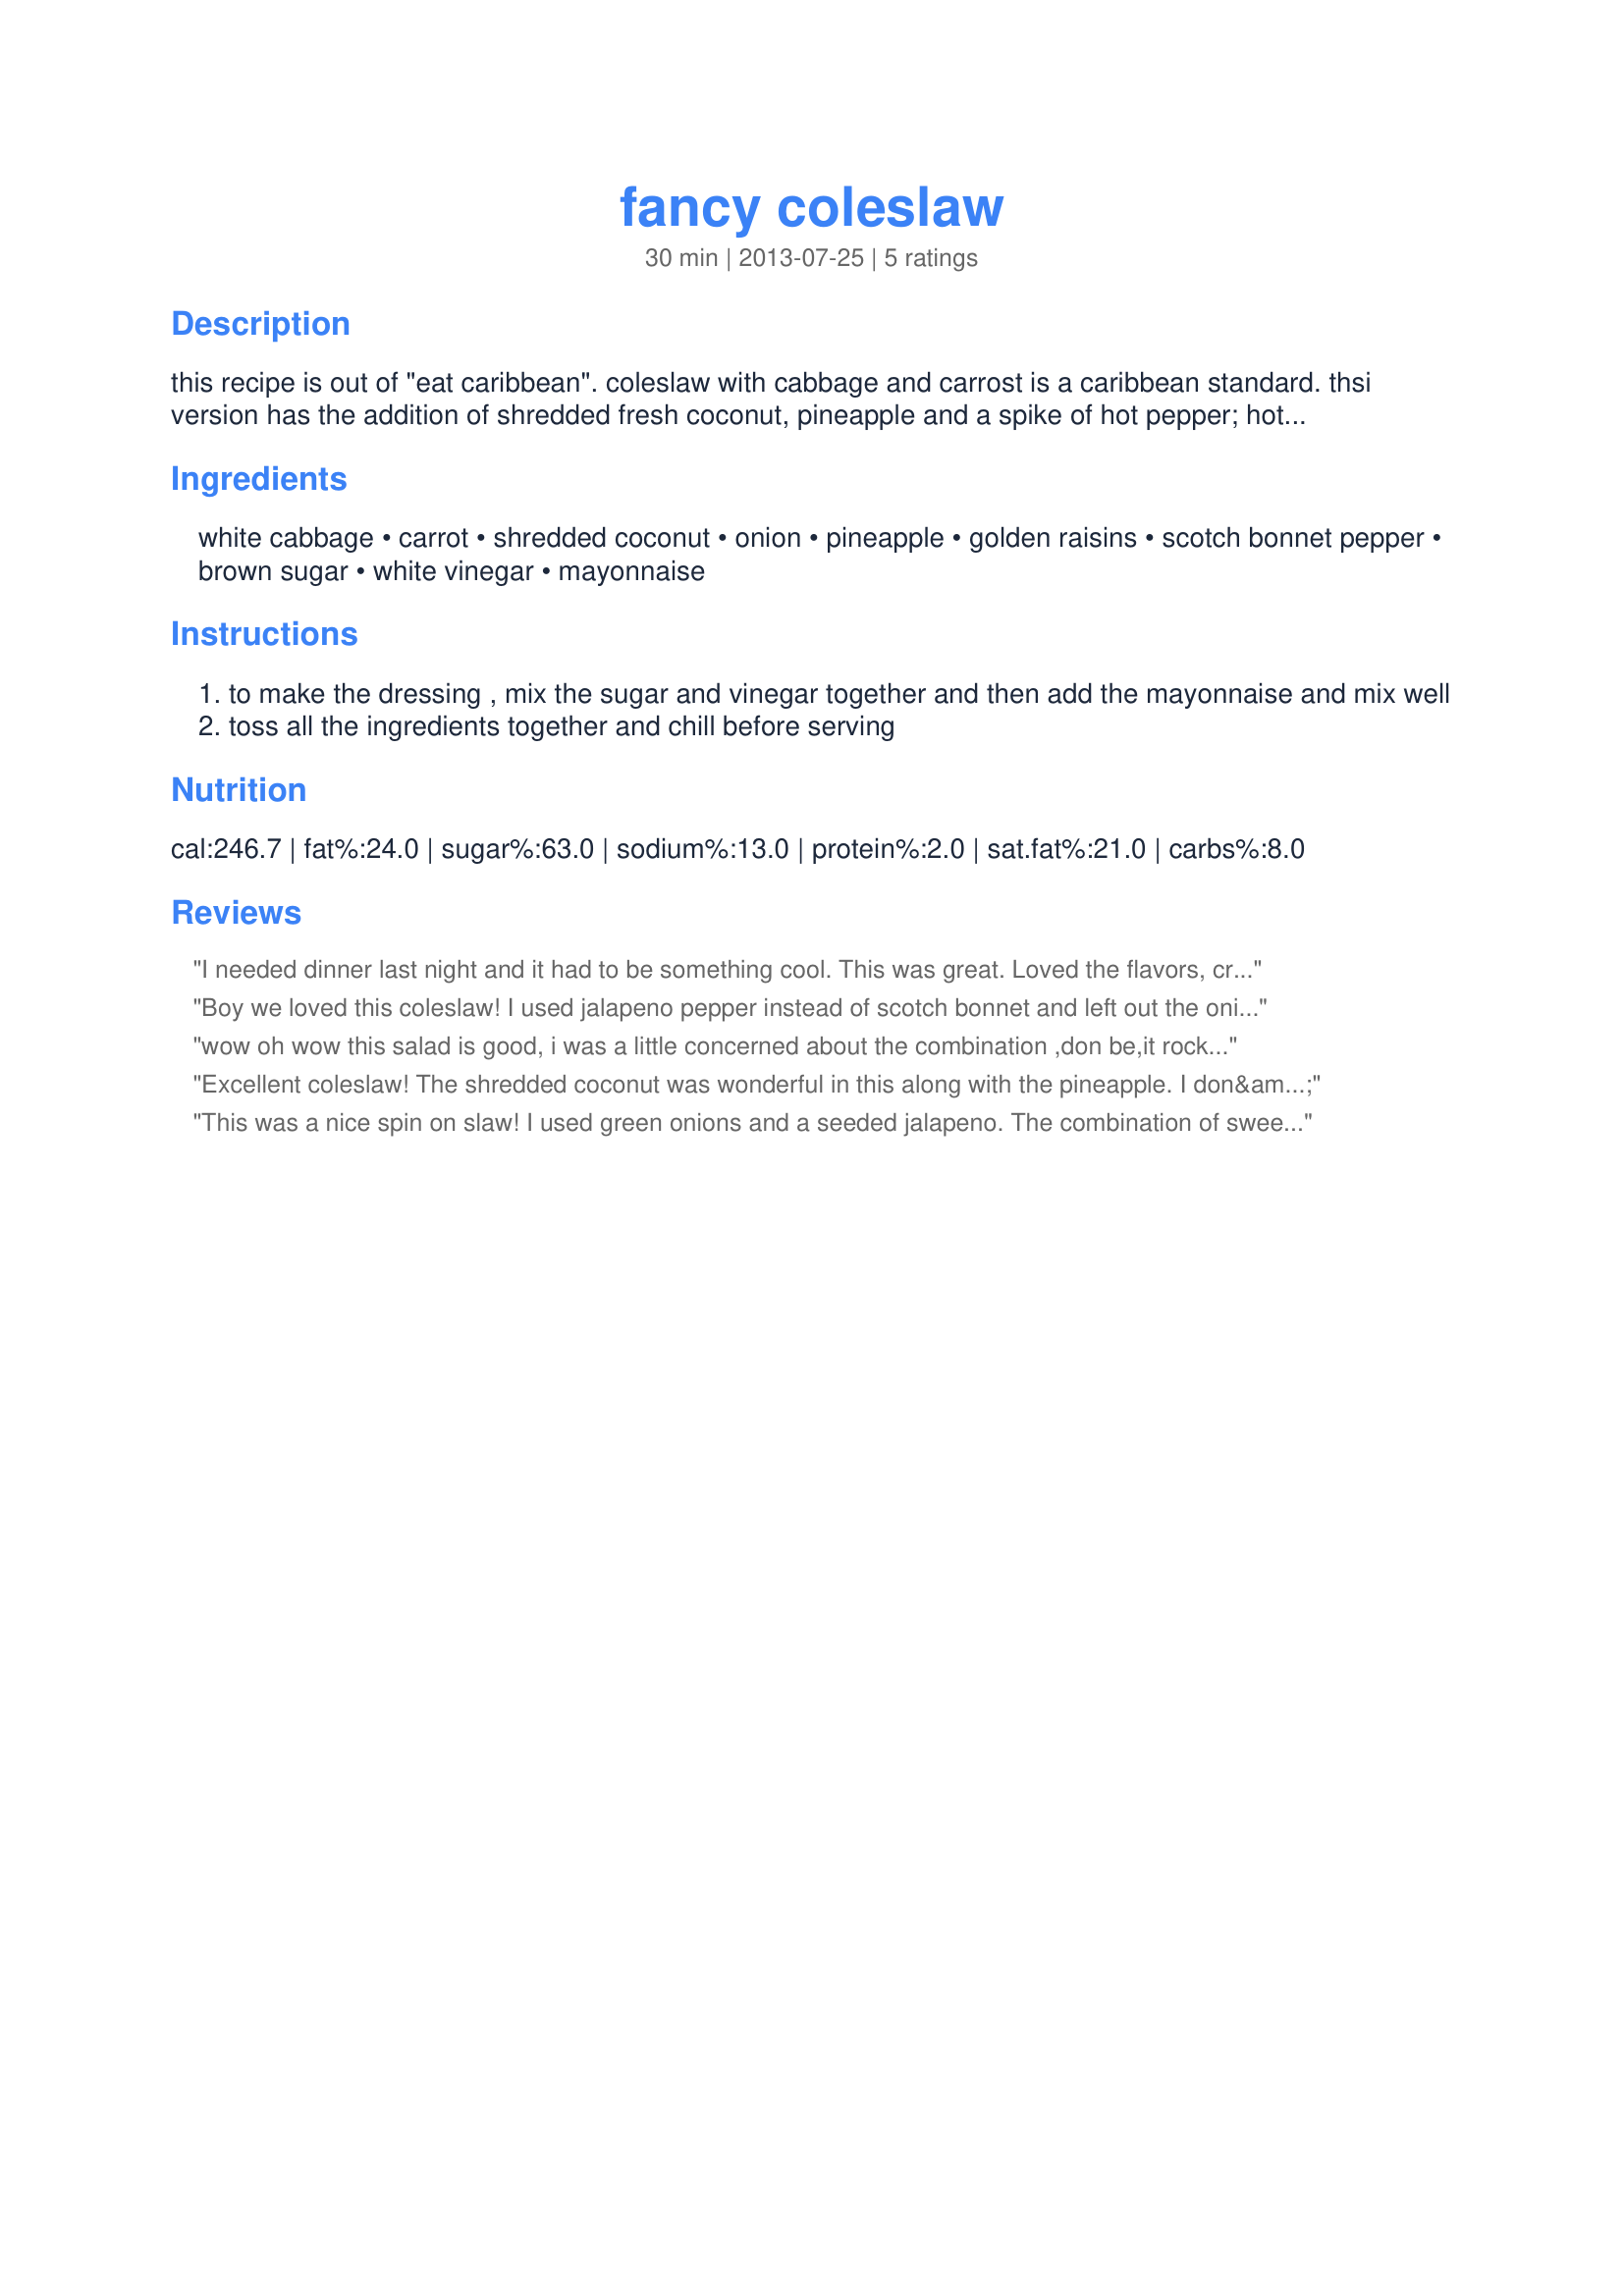
fancy coleslaw
Preparation time: 30 minutes

this recipe is out of "eat caribbean". coleslaw with cabbage and carrost is a caribbean standard. thsi version has the addition of shredded fresh coconut, pineapple and a spike of hot pepper; hot peppers are optional. last 3 ingredients are for the dressing.

Ingredients:
white cabbage, carrot, shredded coconut, onion, pineapple, golden raisins, scotch bonnet pepper, brown sugar, white vinegar, mayonnaise

Steps:
to make the dressing , mix the sugar and vinegar together and then add the mayonnaise and mix well
toss all the ingredients together and chill before serving

Reviews:
I needed dinner last night and it had to be something cool. This was great. Loved the flavors, crunch and freshness.
Boy we loved this coleslaw! I used jalapeno pepper instead of scotch bonnet and left out the onions. We really loved the spicy pepper with the sweetness of the other ingredients. Thanks for sharing a great recipe! Made for ZWT9, The Apron String Travelers
wow oh wow this salad is good, i was a little concerned about the combination ,don be,it rock.i add bell pepper and t whole grain mustard ,thats about all the heat mr picky can take,make this one.zwt9
Excellent coleslaw! The shredded coconut was wonderful in this along with the pineapple. I don&#039;t get fresh coconut here often, so I&#039;ll make this again as soon as I can get some again :)&lt;br/&gt;Made for ZWT 9 Family Picks for The Apron String Travelers
This was a nice spin on slaw! I used green onions and a seeded jalapeno. The combination of sweet and spicy were a hit. Thank you for sharing the recipe!
